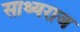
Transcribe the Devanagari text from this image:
साथ्यराज